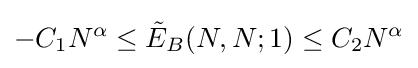
-C_{1}N^{\alpha }\leq {\tilde {E}}_{B}(N,N;1)\leq C_{2}N^{\alpha }